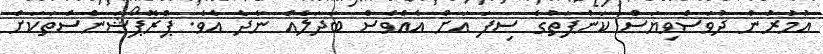
އުމުރުން ދުވަސްވިޔަސް ކަންފަތުގެ ސިފަ އަށް އެއްވެސް ބަދަލެއް ނާދެ އެވެ. ޕްރޮޕޯޝަންސްތަކަށް